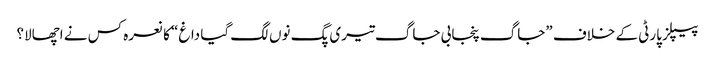
پیپلز پارٹی کے خلاف ”جاگ پنجابی جاگ تیری پگ نوں لگ گیا داغ“ کا نعرہ کس نے اچھالا؟